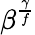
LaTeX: \beta^{\frac{\gamma}{f}}